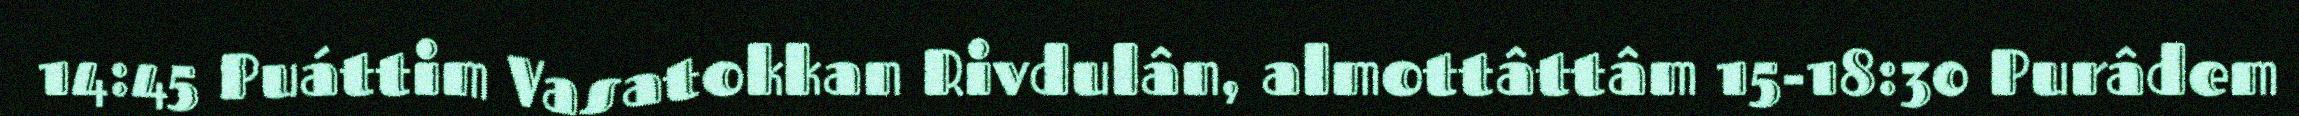
14:45 Puáttim Vasatokkan Rivdulân, almottâttâm 15-18:30 Purâdem